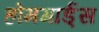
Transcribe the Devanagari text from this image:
होमगार्ड्‌स